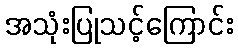
အသုံးပြုသင့်ကြောင်း